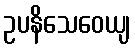
ဥပနိသေဝေယျ